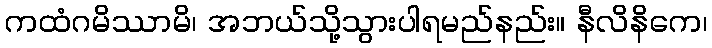
ကထံဂမိဿာမိ၊ အဘယ်သို့သွားပါရမည်နည်း။ နီလိနိကေ၊